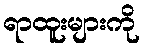
ရာထူးများကို